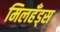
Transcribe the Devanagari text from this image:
मिलहँड्‌स